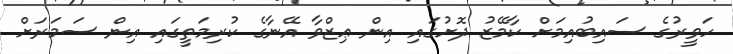
ހަވީރުގެ ސައިބުއިމަށް ކާމޭޒު ދޮށުގައި އިން ޢިޒްވާ އޭނާގެ ކުރިމަތީގައި އިން ސަމަރަށް